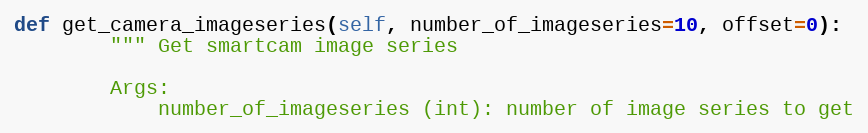
Language: Python
def get_camera_imageseries(self, number_of_imageseries=10, offset=0):
        """ Get smartcam image series

        Args:
            number_of_imageseries (int): number of image series to get